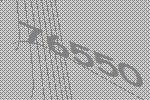
76550